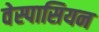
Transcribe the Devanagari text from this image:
वेस्पासियन